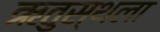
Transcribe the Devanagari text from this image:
ऋतुस्थला